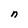
Character: n